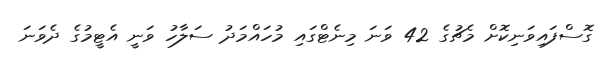
ގޮސްފައިވަނިކޮށް މެޗުގެ 42 ވަނަ މިނެޓްގައި މުހައްމަދު ސަލާހު ވަނީ އެޓީމުގެ ދެވަނަ